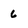
Character: 6